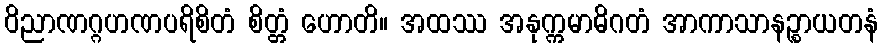
ဝိညာဏဂ္ဂဟဏပရိစိတံ စိတ္တံ ဟောတိ။ အထဿ အနုက္ကမာဓိဂတံ အာကာသာနဉ္စာယတနံ